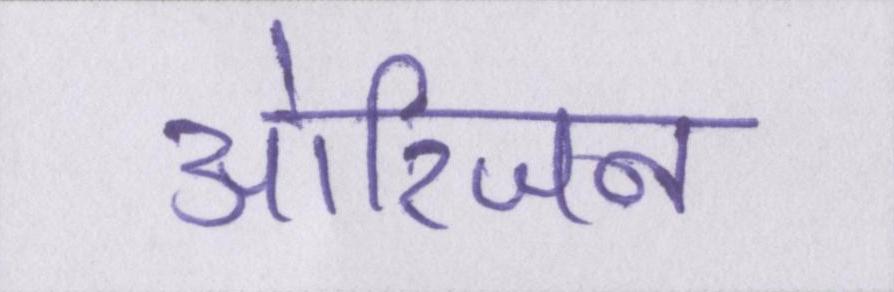
ओरिजन